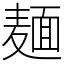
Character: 麺